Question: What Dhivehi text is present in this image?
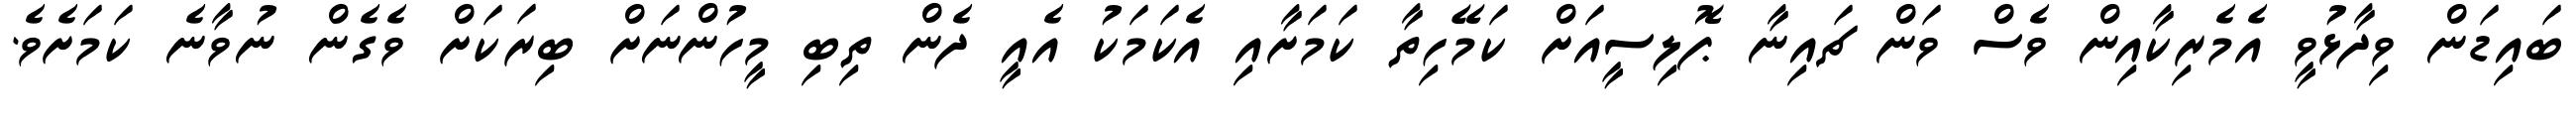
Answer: ބައިޑަން ވިދާޅުވީ އެމެރިކާއިން ވެސް ވަން ޗައިނާ ޕޮލިސީއަށް ކަމޭހިތާ ކަމަށާއި އެކަމަކު އެއީ ދެން ތިބި މީހުންނަށް ބިރަކަށް ވެގެން ނުވާނެ ކަމަށެވެ.